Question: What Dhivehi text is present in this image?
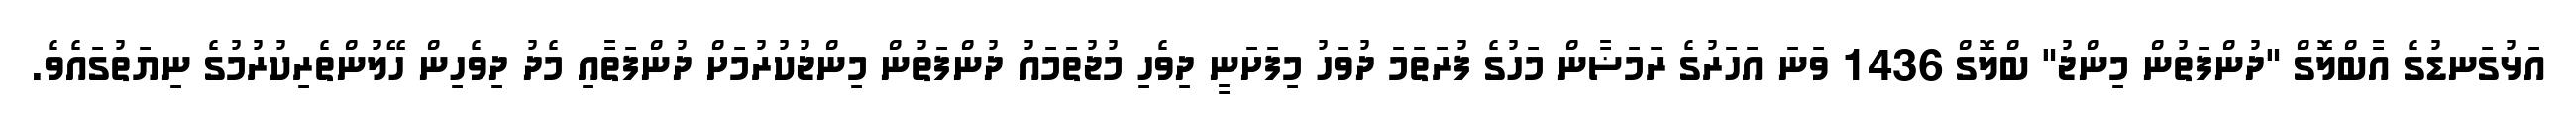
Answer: އަޅުގަނޑުގެ އާބްލޮގް "ދުންފަތުން މިންޖު" ބްލޮގް 1436 ވަނަ އަހަރުގެ ރަމަޟާން މަހުގެ ފުރަތަމަ ދުވަހު މިފަށަނީ ދިވެހި މުޖުތަމައު ދުންފަތުން މިންޖުކުރުމަށް ދުންފަތާއި މެދު ދިވެހިން ހޭލުންތެރިކުރުމުގެ ނިޔަތުގައެވެ.